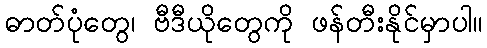
ဓာတ်ပုံတွေ၊ ဗီဒီယိုတွေကို ဖန်တီးနိုင်မှာပါ။